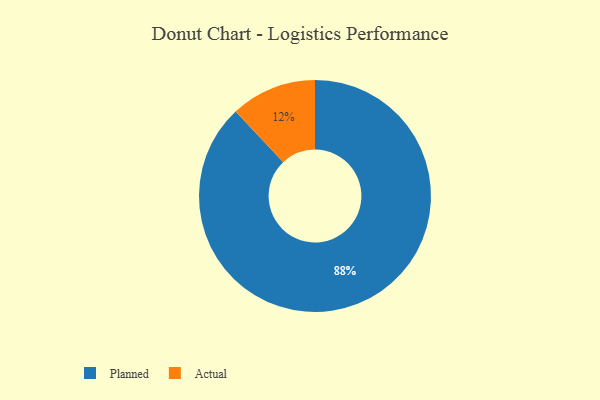
{"axis": {"x": "Category", "y": "Percentage"}, "legend": ["Actual", "Planned"], "data": [{"x": "Actual", "y": 12, "type": "Actual"}, {"x": "Planned", "y": 88, "type": "Planned"}]}